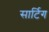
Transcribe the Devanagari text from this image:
सार्टिग